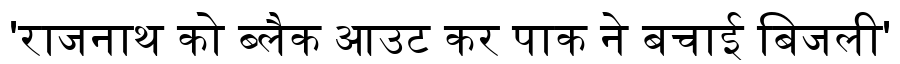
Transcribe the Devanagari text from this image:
'राजनाथ को ब्लैक आउट कर पाक ने बचाई बिजली'